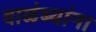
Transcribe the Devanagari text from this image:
वाळंब्यांना